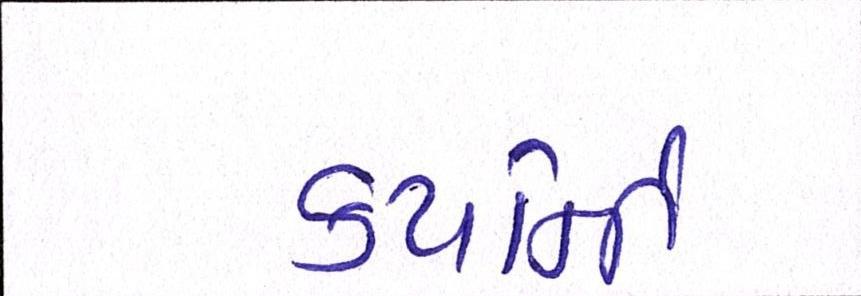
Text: કયર્નિી